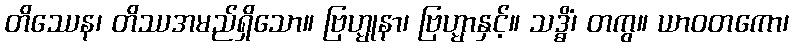
တိဿေန၊ တိဿအမည်ရှိသော။ ဗြဟ္မုနာ၊ ဗြဟ္မာနှင့်။ သဒ္ဓိံ၊ တကွ။ ယာဝတကော၊